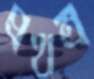
প্রথম্র